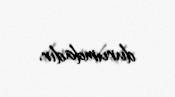
durumdadır.